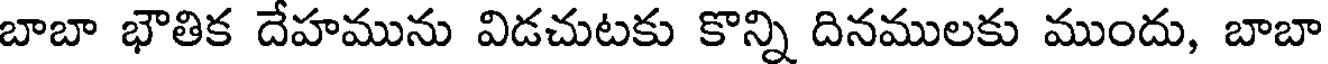
బాబా భౌతిక దేహమును విడచుటకు కొన్ని దినములకు ముందు, బాబా